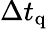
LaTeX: \Delta t_{\mathrm{q}}